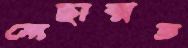
মোছাম্মত